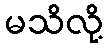
မသိလို့